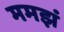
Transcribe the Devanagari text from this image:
ममझं